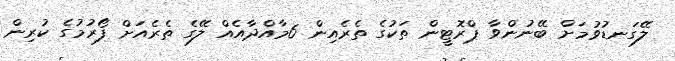
ލޭގަނޑުވުމަށް ބޭނުންވާ ޕްރޮޓީން ތަކުގެ ތެރެއިން 6މާއްދާއެއް ލޭގެ ތެރެއަށް ފޯރުމުގެ ކުރިން